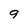
Character: 9